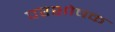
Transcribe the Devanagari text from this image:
परशोषक